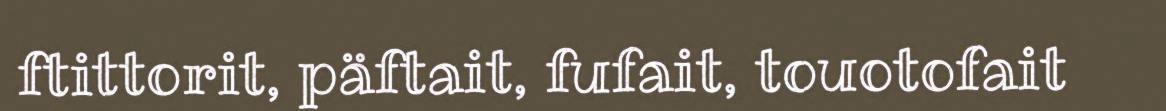
ftittorit, päftait, fufait, touotofait